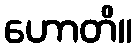
ဟောတိ။